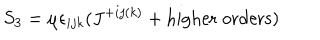
S _ { 3 } = \mu \epsilon _ { i j k } ( J ^ { + i j ( k ) } + \mathrm { h i g h e r \; o r d e r s } )